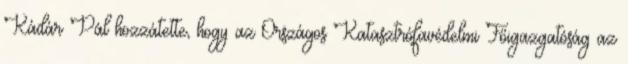
Kádár Pál hozzátette, hogy az Országos Katasztrófavédelmi Főigazgatóság az